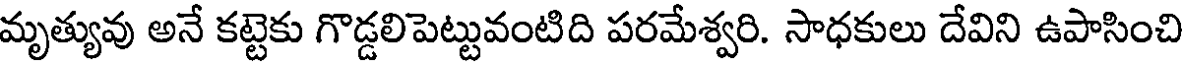
మృత్యువు అనే కట్టెకు గొడ్డలిపెట్టువంటిది పరమేశ్వరి. సాధకులు దేవిని ఉపాసించి